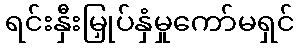
ရင်းနှီးမြှုပ်နှံမှုကော်မရှင်